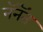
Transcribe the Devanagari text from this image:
नॅनॅत